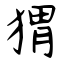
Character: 猬